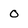
Character: o